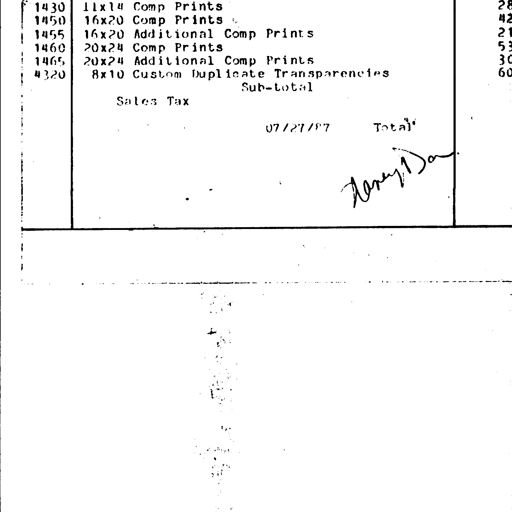
Transcript:
1430 11x14 Comp Prints 28
1450 16x20 Comp Prints 42
1455 16x20 Additional Comp Prints 21
1460 20x24 Comp Prints 53
1465 20x24 Additional Comp Prints 30
4320 8x10 Custom Duplicate Transparencies 60
Sub-total
Sales Tax
07/27/87 Total
Nancy Dan